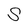
Character: S